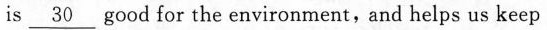
is \underline{30} good for the environment, and helps us keep